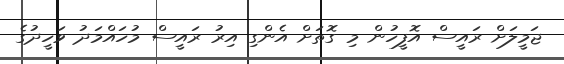
ޖަމީލަށް ރައީސް އޮފީހުން މި ގޮތަށް އެންގި އިރު ރައީސް މުހައްމަދު ވަހީދުގެ